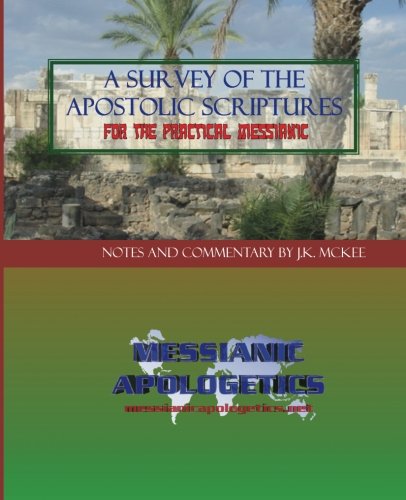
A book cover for A Survey of the Apostolic Scriptures for the Practical Messianic; J.K. McKee; Christian Books & Bibles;